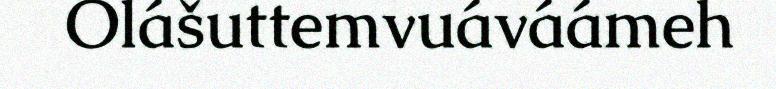
Olášuttemvuáváámeh